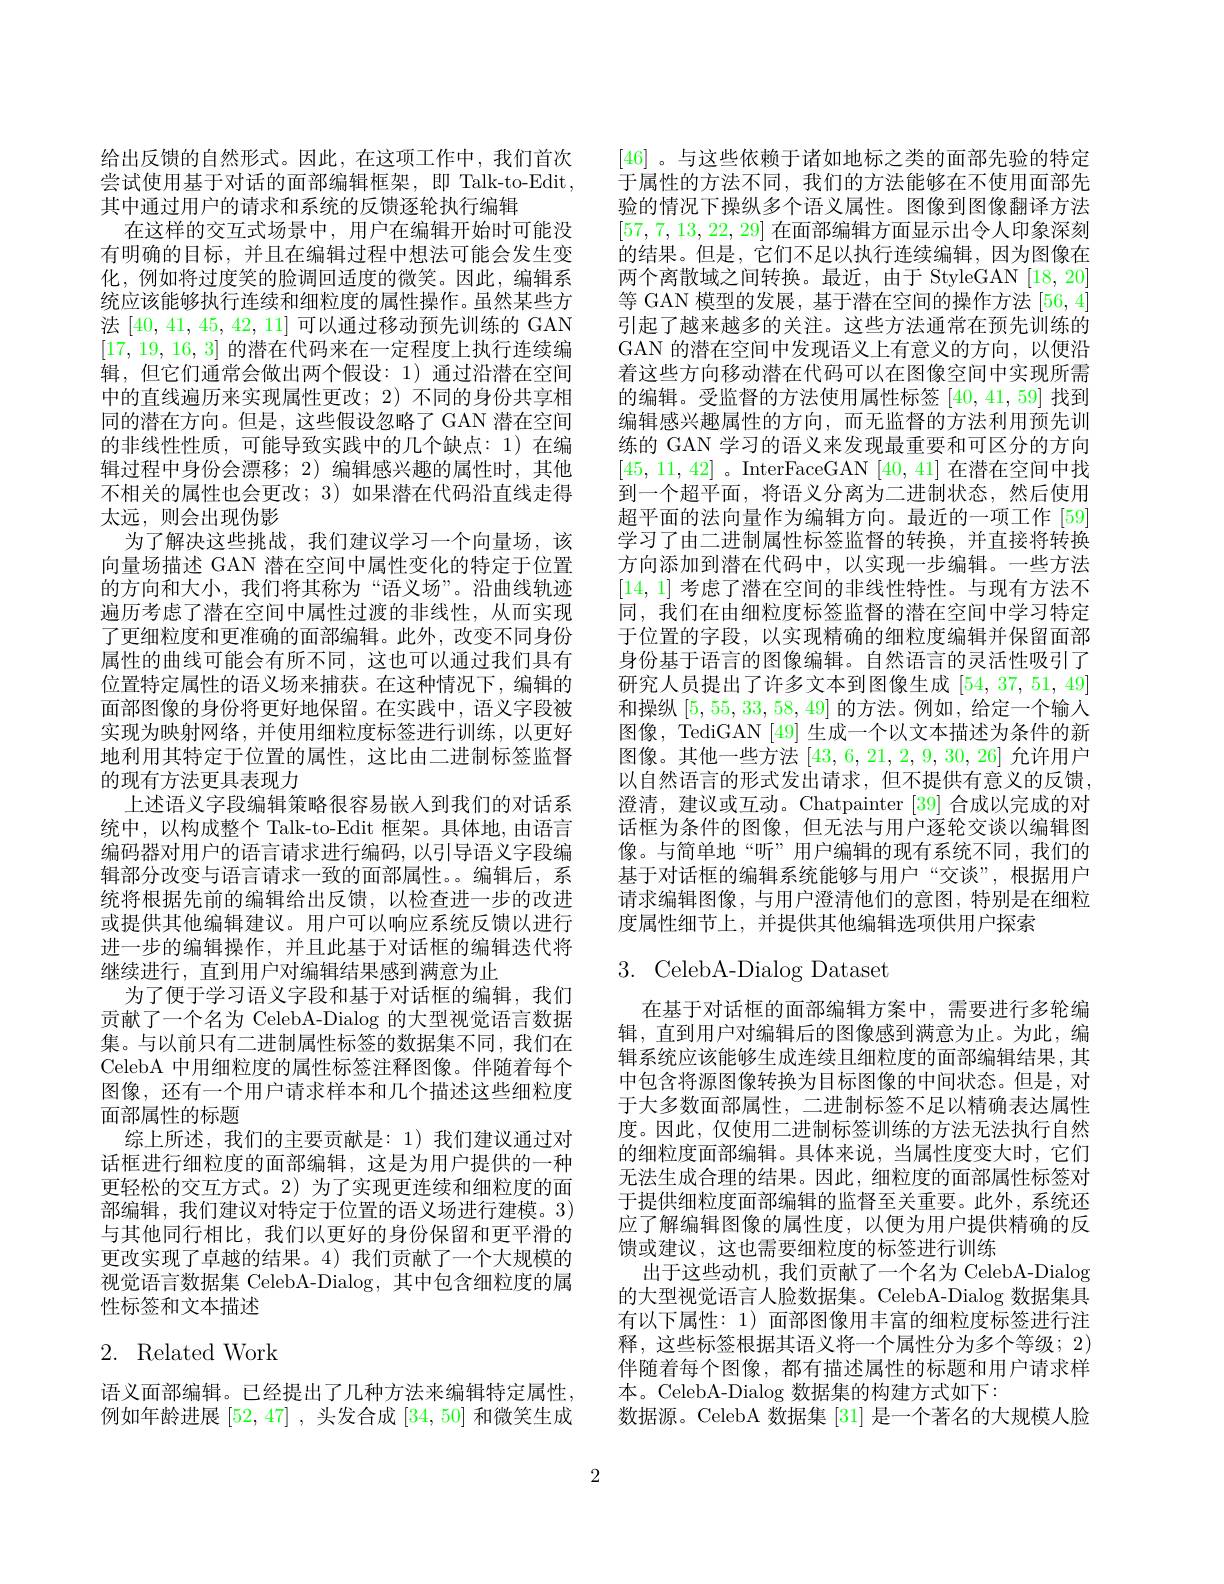
给出反馈的自然形式。因此，在这项工作中，我们首次尝试使用基于对话的面部编辑框架，即 Talk-to-Edit, 其中通过用户的请求和系统的反馈逐轮执行编辑
在这样的交互式场景中，用户在编辑开始时可能没有明确的目标，并且在编辑过程中想法可能会发生变化，例如将过度笑的脸调回适度的微笑。因此，编辑系统应该能够执行连续和细粒度的属性操作。虽然某些方法[40,41,45,42,11]可以通过移动预先训练的 GAN [17,19,16,3]的潜在代码来在一定程度上执行连续编$\dot{\text{辑，但它们通常会做出两个假设：1)通过沿潜在空间}}$ 中的直线遍历来实现属性更改；2) 不同的身份共享相同的潜在方向。但是，这些假设忽略了 GAN 潜在空间的非线性性质，可能导致实践中的几个缺点：1)在编辑过程中身份会漂移；2) 编辑感兴趣的属性时，其他不相关的属性也会更改；3) 如果潜在代码沿直线走得太远，则会出现伪影
为了解决这些挑战，我们建议学习一个向量场，该向量场描述 GAN 潜在空间中属性变化的特定于位置的方向和大小，我们将其称为“语义场”。沿曲线轨迹遍历考虑了潜在空间中属性过渡的非线性，从而实现了更细粒度和更准确的面部编辑。此外，改变不同身份属性的曲线可能会有所不同，这也可以通过我们具有位置特定属性的语义场来捕获。在这种情况下，编辑的面部图像的身份将更好地保留。在实践中，语义字段被实现为映射网络，并使用细粒度标签进行训练，以更好地利用其特定于位置的属性，这比由二进制标签监督的现有方法更具表现力
上述语义字段编辑策略很容易嵌入到我们的对话系统中，以构成整个 Talk-to-Edit 框架。具体地，由语言编码器对用户的语言请求进行编码，以引导语义字段编辑部分改变与语言请求一致的面部属性。。编辑后，系统将根据先前的编辑给出反馈，以检查进一步的改进或提供其他编辑建议。用户可以响应系统反馈以进行进一步的编辑操作，并且此基于对话框的编辑迭代将继续进行，直到用户对编辑结果感到满意为止
为了便于学习语义字段和基于对话框的编辑，我们贡献了一个名为 CelebA-Dialog 的大型视觉语言数据集。与以前只有二进制属性标签的数据集不同，我们在CelebA 中用细粒度的属性标签注释图像。伴随着每个图像，还有一个用户请求样本和几个描述这些细粒度面部属性的标题
综上所述，我们的主要贡献是：1)我们建议通过对话框进行细粒度的面部编辑，这是为用户提供的一种更轻松的交互方式。2)为了实现更连续和细粒度的面部编辑，我们建议对特定于位置的语义场进行建模。3) 与其他同行相比，我们以更好的身份保留和更平滑的更改实现了卓越的结果。4)我们贡献了一个大规模的视觉语言数据集 CelebA-Dialog,其中包含细粒度的属性标签和文本描述

# 2. Related Work

语义面部编辑。已经提出了几种方法来编辑特定属性， 例如年龄进展[52,47] ,头发合成[34,50]和微笑生成

[46] 。与这些依赖于诸如地标之类的面部先验的特定于属性的方法不同，我们的方法能够在不使用面部先验的情况下操纵多个语义属性。图像到图像翻译方法[57,7,13,22,29]在面部编辑方面显示出令人印象深刻的结果。但是，它们不足以执行连续编辑，因为图像在两个离散域之间转换。最近，由于 StyleGAN [18,20] 等 GAN 模型的发展，基于潜在空间的操作方法[56,4] 引起了越来越多的关注。这些方法通常在预先训练的GAN 的潜在空间中发现语义上有意义的方向，以便沿着这些方向移动潜在代码可以在图像空间中实现所需的编辑。受监督的方法使用属性标签[40,41,59]找到编辑感兴趣属性的方向，而无监督的方法利用预先训练的 GAN 学习的语义来发现最重要和可区分的方向[45,11,42] 。InterFaceGAN [40,41]在潜在空间中找到一个超平面，将语义分离为二进制状态，然后使用超平面的法向量作为编辑方向。最近的一项工作[59] 学习了由二进制属性标签监督的转换，并直接将转换方向添加到潜在代码中，以实现一步编辑。一些方法[14,1]考虑了潜在空间的非线性特性。与现有方法不同，我们在由细粒度标签监督的潜在空间中学习特定于位置的字段，以实现精确的细粒度编辑并保留面部身份基于语言的图像编辑。自然语言的灵活性吸引了研究人员提出了许多文本到图像生成[54,37,51,49] 和操纵[5,55,33,58,49]的方法。例如，给定一个输入图像，TediGAN [49] 生成一个以文本描述为条件的新图像。其他一些方法[43,6,21,2,9,30,26]允许用户以自然语言的形式发出请求，但不提供有意义的反馈， 澄清，建议或互动。Chatpainter [39] 合成以完成的对话框为条件的图像，但无法与用户逐轮交谈以编辑图像。与简单地“听”用户编辑的现有系统不同，我们的基于对话框的编辑系统能够与用户“交谈”,根据用户请求编辑图像，与用户澄清他们的意图，特别是在细粒度属性细节上，并提供其他编辑选项供用户探索

# 3. CelebA-Dialog Dataset

在基于对话框的面部编辑方案中，需要进行多轮编辑，直到用户对编辑后的图像感到满意为止。为此，编辑系统应该能够生成连续且细粒度的面部编辑结果，其中包含将源图像转换为目标图像的中间状态。但是，对于大多数面部属性，二进制标签不足以精确表达属性度。因此，仅使用二进制标签训练的方法无法执行自然的细粒度面部编辑。具体来说，当属性度变大时，它们无法生成合理的结果。因此，细粒度的面部属性标签对于提供细粒度面部编辑的监督至关重要。此外，系统还应了解编辑图像的属性度，以便为用户提供精确的反馈或建议，这也需要细粒度的标签进行训练
出于这些动机，我们贡献了一个名为 CelebA-Dialog 的大型视觉语言人脸数据集。CelebA-Dialog 数据集具有以下属性：1) 面部图像用丰富的细粒度标签进行注释，这些标签根据其语义将一个属性分为多个等级；2) 伴随着每个图像，都有描述属性的标题和用户请求样本。CelebA-Dialog 数据集的构建方式如下：
数据源。CelebA 数据集 [31] 是一个著名的大规模人脸

2